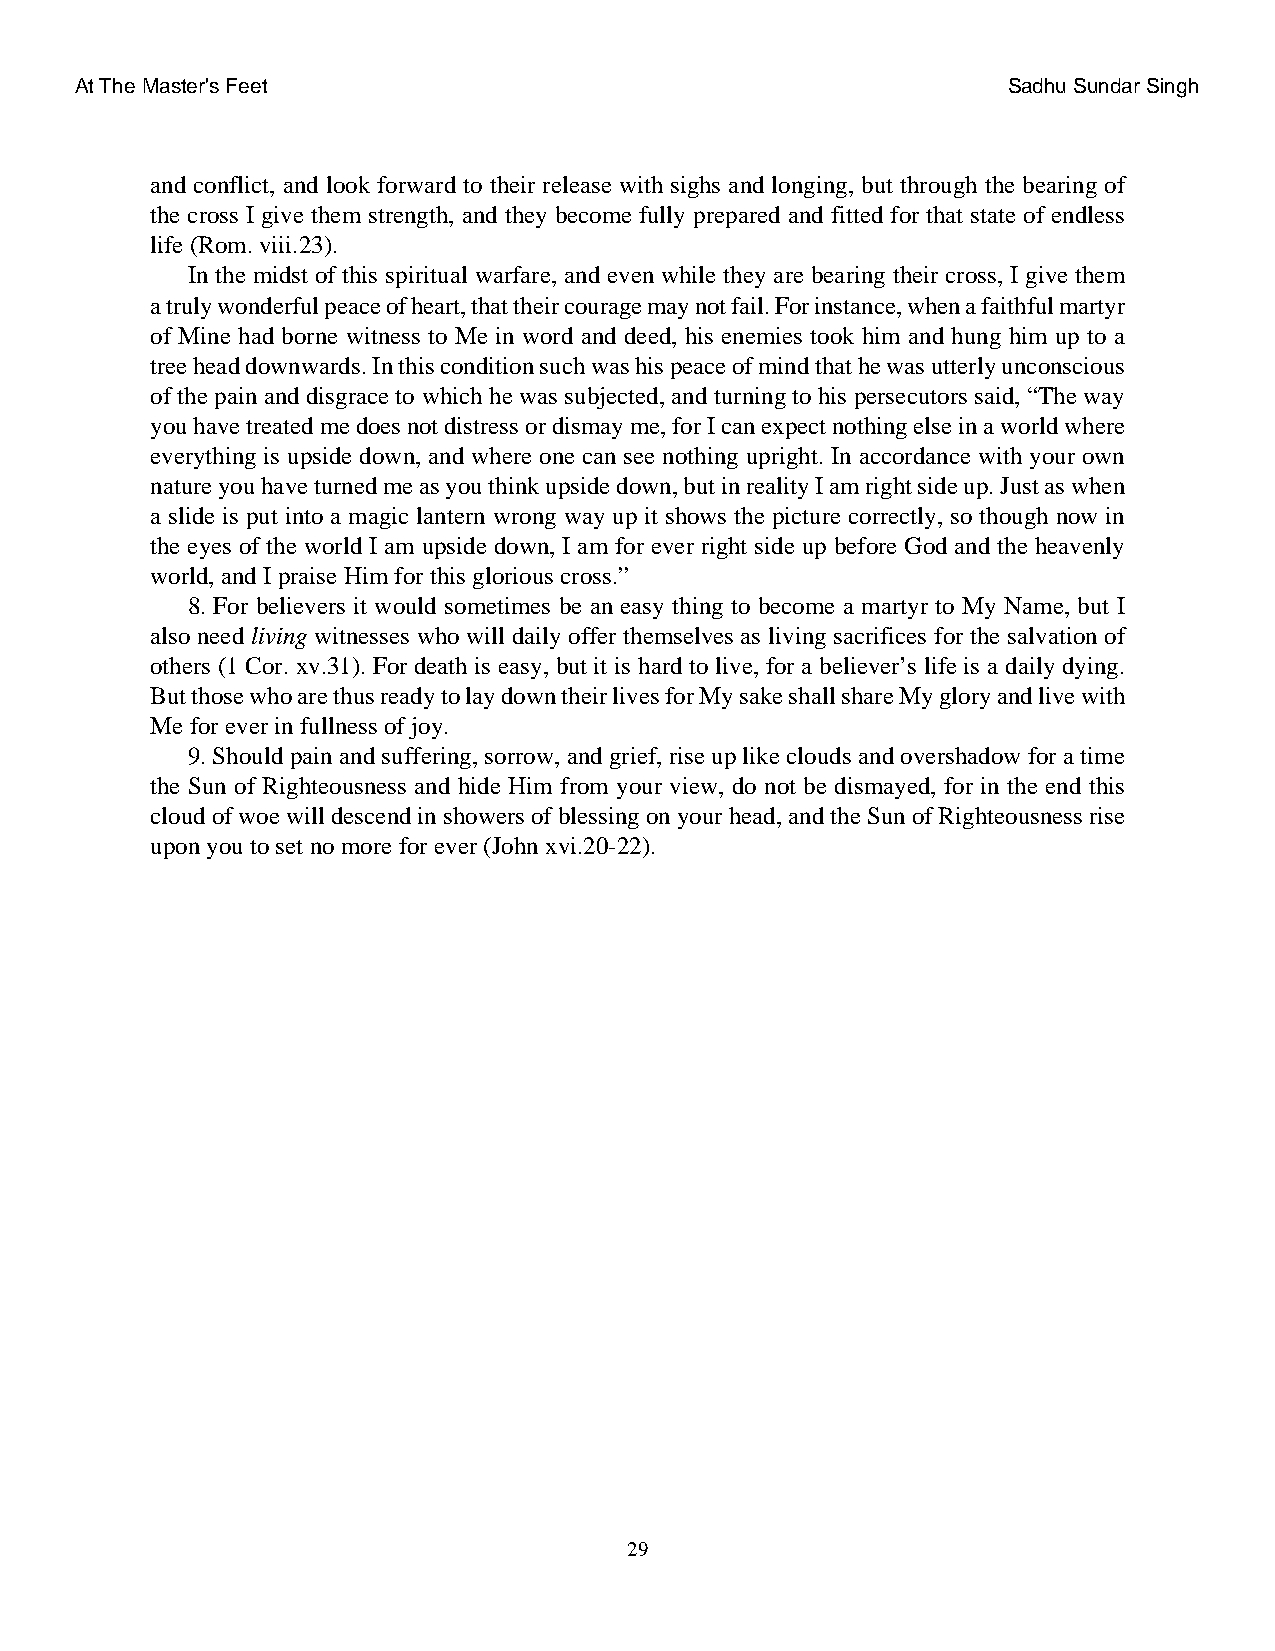
At The Master's Feet                                          Sadhu Sundar Singh
 and conflict, and look forward to their release with sighs and longing, but through the bearing of
 the cross I give them strength, and they become fully prepared and fitted for that state of endless
 life (Rom. viii.23).
 In the midst of this spiritual warfare, and even while they are bearing their cross, I give them
 a truly wonderful peace of heart, that their courage may not fail. For instance, when a faithful martyr
 of Mine had borne witness to Me in word and deed, his enemies took him and hung him up to a
 tree head downwards. In this condition such was his peace of mind that he was utterly unconscious
 of the pain and disgrace to which he was subjected, and turning to his persecutors said, “The way
 you have treated me does not distress or dismay me, for I can expect nothing else in a world where
 everything is upside down, and where one can see nothing upright. In accordance with your own
 nature you have turned me as you think upside down, but in reality I am right side up. Just as when
 a slide is put into a magic lantern wrong way up it shows the picture correctly, so though now in
 the eyes of the world I am upside down, I am for ever right side up before God and the heavenly
 world, and I praise Him for this glorious cross.”
 8. For believers it would sometimes be an easy thing to become a martyr to My Name, but I
 also need living witnesses who will daily offer themselves as living sacrifices for the salvation of
 others (1 Cor. xv.31). For death is easy, but it is hard to live, for a believer’s life is a daily dying.
 But those who are thus ready to lay down their lives for My sake shall share My glory and live with
 Me for ever in fullness of joy.
 9. Should pain and suffering, sorrow, and grief, rise up like clouds and overshadow for a time
 the Sun of Righteousness and hide Him from your view, do not be dismayed, for in the end this
 cloud of woe will descend in showers of blessing on your head, and the Sun of Righteousness rise
 upon you to set no more for ever (John xvi.20-22).
 29